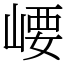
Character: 崾